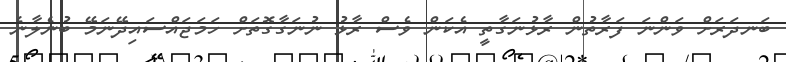
ބަނދަރަށް ވަންނަ ފަރާތުން ރާޅުނަގާތީ އެކަން ވެސް ރާޅު ނުނަގާގޮތަށް ހަމަޖައްސައިދޭނަމޭ ބުނެލާނެ